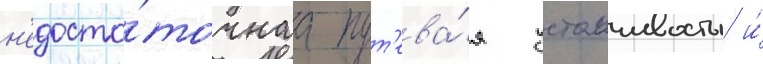
н'едоста́точнаа пут'ева́я устоичивость и́